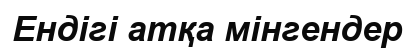
Ендігі атқа мінгендер